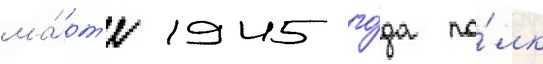
ма́рт'е 1945 го́да по́лк